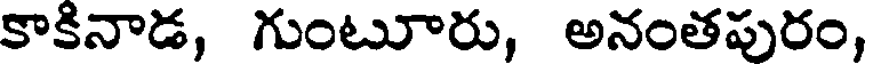
కాకినాడ, గుంటూరు, అనంతపురం,